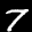
Label: 7